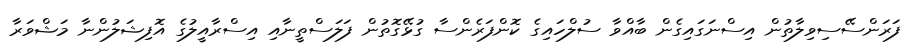
ފަރަންސޭސިވިލާތުން އިސްނަގައިގެން ބާއްވާ ސުލްހައިގެ ކޮންފަރެންސާ ގުޅޭގޮތުން ފަލަސްތީނާއި އިސްރާއީލުގެ އޮފިޝަލުންނާ މަޝްވަރާ